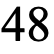
48